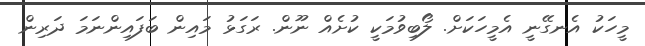
މީހަކު އެނގޭނީ އެމީހަކަށް. ލޯބިވުމަކީ ކުށެއް ނޫން. ރަގަޅު މައިން ބަފައިންނަމަ ދަރިން